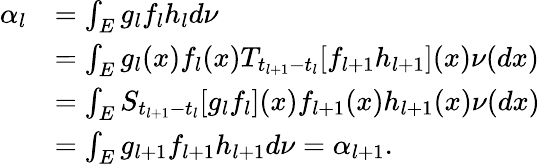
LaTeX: \begin{array}{rl}{\alpha_{l}}&{=\int_{E}g_{l}f_{l}h_{l}d\nu}\\ {\ }&{=\int_{E}g_{l}(x)f_{l}(x)T_{t_{l+1}-t_{l}}[f_{l+1}h_{l+1}](x)\nu(dx)}\\ {\ }&{=\int_{E}S_{t_{l+1}-t_{l}}[g_{l}f_{l}](x)f_{l+1}(x)h_{l+1}(x)\nu(dx)}\\ {\ }&{=\int_{E}g_{l+1}f_{l+1}h_{l+1}d\nu=\alpha_{l+1}.}\end{array}